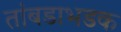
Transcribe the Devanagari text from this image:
तांबडाभडक